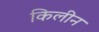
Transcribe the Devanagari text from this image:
किलीन